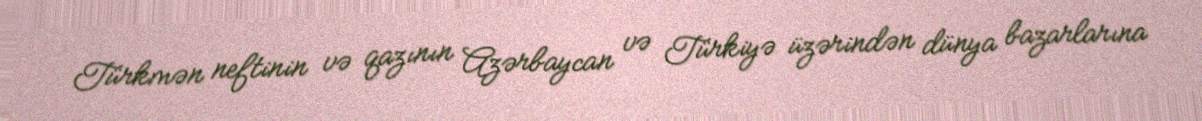
Türkmən neftinin və qazının Azərbaycan və Türkiyə üzərindən dünya bazarlarına